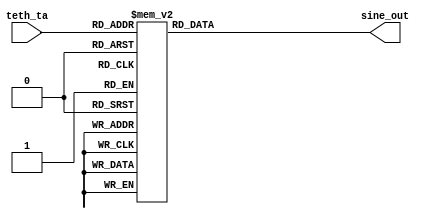
module  sine_look_up2(
		input  [8:0] teth_ta,
		//input  clk,
		output reg [10:0] sine_out);
		 
always @(teth_ta) begin      // sine look up table 
	case (teth_ta)                    			
		9'd0	:	sine_out	 =	11'd	0	;
		9'd1	:	sine_out	 =	11'd	0	;
		9'd2	:	sine_out	 =	11'd	0	;
		9'd3	:	sine_out	 =	11'd	0	;
		9'd4	:	sine_out	 =	11'd	0	;
		9'd5	:	sine_out	 =	11'd	0	;
		9'd6	:	sine_out	 =	11'd	0	;
		9'd7	:	sine_out	 =	11'd	0	;
		9'd8	:	sine_out	 =	11'd	0	;
		9'd9	:	sine_out	 =	11'd	0	;
		9'd10	:	sine_out	 =	11'd	0	;
		9'd11	:	sine_out	 =	11'd	0	;
		9'd12	:	sine_out	 =	11'd	0	;
		9'd13	:	sine_out	 =	11'd	0	;
		9'd14	:	sine_out	 =	11'd	0	;
		9'd15	:	sine_out	 =	11'd	0	;
		9'd16	:	sine_out	 =	11'd	0	;
		9'd17	:	sine_out	 =	11'd	0	;
		9'd18	:	sine_out	 =	11'd	0	;
		9'd19	:	sine_out	 =	11'd	0	;
		9'd20	:	sine_out	 =	11'd	0	;
		9'd21	:	sine_out	 =	11'd	0	;
		9'd22	:	sine_out	 =	11'd	0	;
		9'd23	:	sine_out	 =	11'd	0	;
		9'd24	:	sine_out	 =	11'd	0	;
		9'd25	:	sine_out	 =	11'd	0	;
		9'd26	:	sine_out	 =	11'd	0	;
		9'd27	:	sine_out	 =	11'd	0	;
		9'd28	:	sine_out	 =	11'd	0	;
		9'd29	:	sine_out	 =	11'd	0	;
		9'd30	:	sine_out	 =	11'd	0	;
		9'd31	:	sine_out	 =	11'd	0	;
		9'd32	:	sine_out	 =	11'd	0	;
		9'd33	:	sine_out	 =	11'd	0	;
		9'd34	:	sine_out	 =	11'd	0	;
		9'd35	:	sine_out	 =	11'd	0	;
		9'd36	:	sine_out	 =	11'd	0	;
		9'd37	:	sine_out	 =	11'd	0	;
		9'd38	:	sine_out	 =	11'd	0	;
		9'd39	:	sine_out	 =	11'd	0	;
		9'd40	:	sine_out	 =	11'd	0	;
		9'd41	:	sine_out	 =	11'd	0	;
		9'd42	:	sine_out	 =	11'd	0	;
		9'd43	:	sine_out	 =	11'd	0	;
		9'd44	:	sine_out	 =	11'd	0	;
		9'd45	:	sine_out	 =	11'd	0	;
		9'd46	:	sine_out	 =	11'd	0	;
		9'd47	:	sine_out	 =	11'd	0	;
		9'd48	:	sine_out	 =	11'd	0	;
		9'd49	:	sine_out	 =	11'd	0	;
		9'd50	:	sine_out	 =	11'd	0	;
		9'd51	:	sine_out	 =	11'd	0	;
		9'd52	:	sine_out	 =	11'd	0	;
		9'd53	:	sine_out	 =	11'd	0	;
		9'd54	:	sine_out	 =	11'd	0	;
		9'd55	:	sine_out	 =	11'd	0	;
		9'd56	:	sine_out	 =	11'd	0	;
		9'd57	:	sine_out	 =	11'd	0	;
		9'd58	:	sine_out	 =	11'd	0	;
		9'd59	:	sine_out	 =	11'd	0	;
		9'd60	:	sine_out	 =	11'd	0	;
		9'd61	:	sine_out	 =	11'd	0	;
		9'd62	:	sine_out	 =	11'd	0	;
		9'd63	:	sine_out	 =	11'd	0	;
		9'd64	:	sine_out	 =	11'd	0	;
		9'd65	:	sine_out	 =	11'd	0	;
		9'd66	:	sine_out	 =	11'd	0	;
		9'd67	:	sine_out	 =	11'd	0	;
		9'd68	:	sine_out	 =	11'd	0	;
		9'd69	:	sine_out	 =	11'd	0	;
		9'd70	:	sine_out	 =	11'd	0	;
		9'd71	:	sine_out	 =	11'd	0	;
		9'd72	:	sine_out	 =	11'd	0	;
		9'd73	:	sine_out	 =	11'd	0	;
		9'd74	:	sine_out	 =	11'd	0	;
		9'd75	:	sine_out	 =	11'd	0	;
		9'd76	:	sine_out	 =	11'd	0	;
		9'd77	:	sine_out	 =	11'd	0	;
		9'd78	:	sine_out	 =	11'd	0	;
		9'd79	:	sine_out	 =	11'd	0	;
		9'd80	:	sine_out	 =	11'd	0	;
		9'd81	:	sine_out	 =	11'd	0	;
		9'd82	:	sine_out	 =	11'd	0	;
		9'd83	:	sine_out	 =	11'd	0	;
		9'd84	:	sine_out	 =	11'd	0	;
		9'd85	:	sine_out	 =	11'd	0	;
		9'd86	:	sine_out	 =	11'd	0	;
		9'd87	:	sine_out	 =	11'd	0	;
		9'd88	:	sine_out	 =	11'd	0	;
		9'd89	:	sine_out	 =	11'd	0	;
		9'd90	:	sine_out	 =	11'd	0	;
		9'd91	:	sine_out	 =	11'd	0	;
		9'd92	:	sine_out	 =	11'd	0	;
		9'd93	:	sine_out	 =	11'd	0	;
		9'd94	:	sine_out	 =	11'd	0	;
		9'd95	:	sine_out	 =	11'd	0	;
		9'd96	:	sine_out	 =	11'd	0	;
		9'd97	:	sine_out	 =	11'd	0	;
		9'd98	:	sine_out	 =	11'd	0	;
		9'd99	:	sine_out	 =	11'd	0	;
		9'd100	:	sine_out	 =	11'd	0	;
		9'd101	:	sine_out	 =	11'd	0	;
		9'd102	:	sine_out	 =	11'd	0	;
		9'd103	:	sine_out	 =	11'd	0	;
		9'd104	:	sine_out	 =	11'd	0	;
		9'd105	:	sine_out	 =	11'd	0	;
		9'd106	:	sine_out	 =	11'd	0	;
		9'd107	:	sine_out	 =	11'd	0	;
		9'd108	:	sine_out	 =	11'd	0	;
		9'd109	:	sine_out	 =	11'd	0	;
		9'd110	:	sine_out	 =	11'd	0	;
		9'd111	:	sine_out	 =	11'd	0	;
		9'd112	:	sine_out	 =	11'd	0	;
		9'd113	:	sine_out	 =	11'd	0	;
		9'd114	:	sine_out	 =	11'd	0	;
		9'd115	:	sine_out	 =	11'd	0	;
		9'd116	:	sine_out	 =	11'd	0	;
		9'd117	:	sine_out	 =	11'd	0	;
		9'd118	:	sine_out	 =	11'd	0	;
		9'd119	:	sine_out	 =	11'd	0	;
		9'd120	:	sine_out	 =	11'd	0	;
		9'd121	:	sine_out	 =	11'd	0	;
		9'd122	:	sine_out	 =	11'd	0	;
		9'd123	:	sine_out	 =	11'd	0	;
		9'd124	:	sine_out	 =	11'd	0	;
		9'd125	:	sine_out	 =	11'd	0	;
		9'd126	:	sine_out	 =	11'd	0	;
		9'd127	:	sine_out	 =	11'd	0	;
		9'd128	:	sine_out	 =	11'd	0	;
		9'd129	:	sine_out	 =	11'd	0	;
		9'd130	:	sine_out	 =	11'd	0	;
		9'd131	:	sine_out	 =	11'd	0	;
		9'd132	:	sine_out	 =	11'd	0	;
		9'd133	:	sine_out	 =	11'd	0	;
		9'd134	:	sine_out	 =	11'd	0	;
		9'd135	:	sine_out	 =	11'd	0	;
		9'd136	:	sine_out	 =	11'd	0	;
		9'd137	:	sine_out	 =	11'd	0	;
		9'd138	:	sine_out	 =	11'd	0	;
		9'd139	:	sine_out	 =	11'd	0	;
		9'd140	:	sine_out	 =	11'd	0	;
		9'd141	:	sine_out	 =	11'd	0	;
		9'd142	:	sine_out	 =	11'd	0	;
		9'd143	:	sine_out	 =	11'd	0	;
		9'd144	:	sine_out	 =	11'd	0	;
		9'd145	:	sine_out	 =	11'd	0	;
		9'd146	:	sine_out	 =	11'd	0	;
		9'd147	:	sine_out	 =	11'd	0	;
		9'd148	:	sine_out	 =	11'd	0	;
		9'd149	:	sine_out	 =	11'd	0	;
		9'd150	:	sine_out	 =	11'd	0	;
		9'd151	:	sine_out	 =	11'd	0	;
		9'd152	:	sine_out	 =	11'd	0	;
		9'd153	:	sine_out	 =	11'd	0	;
		9'd154	:	sine_out	 =	11'd	0	;
		9'd155	:	sine_out	 =	11'd	0	;
		9'd156	:	sine_out	 =	11'd	0	;
		9'd157	:	sine_out	 =	11'd	0	;
		9'd158	:	sine_out	 =	11'd	0	;
		9'd159	:	sine_out	 =	11'd	0	;
		9'd160	:	sine_out	 =	11'd	0	;
		9'd161	:	sine_out	 =	11'd	0	;
		9'd162	:	sine_out	 =	11'd	0	;
		9'd163	:	sine_out	 =	11'd	0	;
		9'd164	:	sine_out	 =	11'd	0	;
		9'd165	:	sine_out	 =	11'd	0	;
		9'd166	:	sine_out	 =	11'd	0	;
		9'd167	:	sine_out	 =	11'd	0	;
		9'd168	:	sine_out	 =	11'd	0	;
		9'd169	:	sine_out	 =	11'd	0	;
		9'd170	:	sine_out	 =	11'd	0	;
		9'd171	:	sine_out	 =	11'd	0	;
		9'd172	:	sine_out	 =	11'd	0	;
		9'd173	:	sine_out	 =	11'd	0	;
		9'd174	:	sine_out	 =	11'd	0	;
		9'd175	:	sine_out	 =	11'd	0	;
		9'd176	:	sine_out	 =	11'd	0	;
		9'd177	:	sine_out	 =	11'd	0	;
		9'd178	:	sine_out	 =	11'd	0	;
		9'd179	:	sine_out	 =	11'd	0	;
		9'd180	:	sine_out	 =	11'd	0	;
		9'd181	:	sine_out	 =	11'd	0	;
		9'd182	:	sine_out	 =	11'd	0	;
		9'd183	:	sine_out	 =	11'd	0	;
		9'd184	:	sine_out	 =	11'd	0	;
		9'd185	:	sine_out	 =	11'd	0	;
		9'd186	:	sine_out	 =	11'd	0	;
		9'd187	:	sine_out	 =	11'd	0	;
		9'd188	:	sine_out	 =	11'd	0	;
		9'd189	:	sine_out	 =	11'd	0	;
		9'd190	:	sine_out	 =	11'd	0	;
		9'd191	:	sine_out	 =	11'd	0	;
		9'd192	:	sine_out	 =	11'd	0	;
		9'd193	:	sine_out	 =	11'd	0	;
		9'd194	:	sine_out	 =	11'd	0	;
		9'd195	:	sine_out	 =	11'd	0	;
		9'd196	:	sine_out	 =	11'd	0	;
		9'd197	:	sine_out	 =	11'd	0	;
		9'd198	:	sine_out	 =	11'd	0	;
		9'd199	:	sine_out	 =	11'd	0	;
		9'd200	:	sine_out	 =	11'd	0	;
		9'd201	:	sine_out	 =	11'd	0	;
		9'd202	:	sine_out	 =	11'd	0	;
		9'd203	:	sine_out	 =	11'd	0	;
		9'd204	:	sine_out	 =	11'd	0	;
		9'd205	:	sine_out	 =	11'd	0	;
		9'd206	:	sine_out	 =	11'd	0	;
		9'd207	:	sine_out	 =	11'd	0	;
		9'd208	:	sine_out	 =	11'd	0	;
		9'd209	:	sine_out	 =	11'd	0	;
		9'd210	:	sine_out	 =	11'd	0	;
		9'd211	:	sine_out	 =	11'd	0	;
		9'd212	:	sine_out	 =	11'd	0	;
		9'd213	:	sine_out	 =	11'd	0	;
		9'd214	:	sine_out	 =	11'd	0	;
		9'd215	:	sine_out	 =	11'd	0	;
		9'd216	:	sine_out	 =	11'd	0	;
		9'd217	:	sine_out	 =	11'd	0	;
		9'd218	:	sine_out	 =	11'd	0	;
		9'd219	:	sine_out	 =	11'd	0	;
		9'd220	:	sine_out	 =	11'd	0	;
		9'd221	:	sine_out	 =	11'd	0	;
		9'd222	:	sine_out	 =	11'd	0	;
		9'd223	:	sine_out	 =	11'd	0	;
		9'd224	:	sine_out	 =	11'd	0	;
		9'd225	:	sine_out	 =	11'd	0	;
		9'd226	:	sine_out	 =	11'd	0	;
		9'd227	:	sine_out	 =	11'd	0	;
		9'd228	:	sine_out	 =	11'd	0	;
		9'd229	:	sine_out	 =	11'd	0	;
		9'd230	:	sine_out	 =	11'd	0	;
		9'd231	:	sine_out	 =	11'd	0	;
		9'd232	:	sine_out	 =	11'd	0	;
		9'd233	:	sine_out	 =	11'd	0	;
		9'd234	:	sine_out	 =	11'd	0	;
		9'd235	:	sine_out	 =	11'd	0	;
		9'd236	:	sine_out	 =	11'd	0	;
		9'd237	:	sine_out	 =	11'd	0	;
		9'd238	:	sine_out	 =	11'd	0	;
		9'd239	:	sine_out	 =	11'd	0	;
		9'd240	:	sine_out	 =	11'd	0	;
		9'd241	:	sine_out	 =	11'd	0	;
		9'd242	:	sine_out	 =	11'd	0	;
		9'd243	:	sine_out	 =	11'd	0	;
		9'd244	:	sine_out	 =	11'd	0	;
		9'd245	:	sine_out	 =	11'd	0	;
		9'd246	:	sine_out	 =	11'd	0	;
		9'd247	:	sine_out	 =	11'd	0	;
		9'd248	:	sine_out	 =	11'd	0	;
		9'd249	:	sine_out	 =	11'd	0	;
		9'd250	:	sine_out	 =	11'd	0	;
		9'd251	:	sine_out	 =	11'd	24	;
		9'd252	:	sine_out	 =	11'd	48	;
		9'd253	:	sine_out	 =	11'd	72	;
		9'd254	:	sine_out	 =	11'd	95	;
		9'd255	:	sine_out	 =	11'd	119	;
		9'd256	:	sine_out	 =	11'd	143	;
		9'd257	:	sine_out	 =	11'd	167	;
		9'd258	:	sine_out	 =	11'd	191	;
		9'd259	:	sine_out	 =	11'd	214	;
		9'd260	:	sine_out	 =	11'd	238	;
		9'd261	:	sine_out	 =	11'd	262	;
		9'd262	:	sine_out	 =	11'd	285	;
		9'd263	:	sine_out	 =	11'd	309	;
		9'd264	:	sine_out	 =	11'd	333	;
		9'd265	:	sine_out	 =	11'd	356	;
		9'd266	:	sine_out	 =	11'd	379	;
		9'd267	:	sine_out	 =	11'd	403	;
		9'd268	:	sine_out	 =	11'd	426	;
		9'd269	:	sine_out	 =	11'd	449	;
		9'd270	:	sine_out	 =	11'd	473	;
		9'd271	:	sine_out	 =	11'd	496	;
		9'd272	:	sine_out	 =	11'd	519	;
		9'd273	:	sine_out	 =	11'd	542	;
		9'd274	:	sine_out	 =	11'd	564	;
		9'd275	:	sine_out	 =	11'd	587	;
		9'd276	:	sine_out	 =	11'd	610	;
		9'd277	:	sine_out	 =	11'd	632	;
		9'd278	:	sine_out	 =	11'd	655	;
		9'd279	:	sine_out	 =	11'd	677	;
		9'd280	:	sine_out	 =	11'd	699	;
		9'd281	:	sine_out	 =	11'd	722	;
		9'd282	:	sine_out	 =	11'd	744	;
		9'd283	:	sine_out	 =	11'd	766	;
		9'd284	:	sine_out	 =	11'd	787	;
		9'd285	:	sine_out	 =	11'd	809	;
		9'd286	:	sine_out	 =	11'd	831	;
		9'd287	:	sine_out	 =	11'd	852	;
		9'd288	:	sine_out	 =	11'd	873	;
		9'd289	:	sine_out	 =	11'd	894	;
		9'd290	:	sine_out	 =	11'd	915	;
		9'd291	:	sine_out	 =	11'd	936	;
		9'd292	:	sine_out	 =	11'd	957	;
		9'd293	:	sine_out	 =	11'd	977	;
		9'd294	:	sine_out	 =	11'd	998	;
		9'd295	:	sine_out	 =	11'd	1018	;
		9'd296	:	sine_out	 =	11'd	1038	;
		9'd297	:	sine_out	 =	11'd	1058	;
		9'd298	:	sine_out	 =	11'd	1078	;
		9'd299	:	sine_out	 =	11'd	1097	;
		9'd300	:	sine_out	 =	11'd	1117	;
		9'd301	:	sine_out	 =	11'd	1136	;
		9'd302	:	sine_out	 =	11'd	1155	;
		9'd303	:	sine_out	 =	11'd	1174	;
		9'd304	:	sine_out	 =	11'd	1193	;
		9'd305	:	sine_out	 =	11'd	1211	;
		9'd306	:	sine_out	 =	11'd	1229	;
		9'd307	:	sine_out	 =	11'd	1248	;
		9'd308	:	sine_out	 =	11'd	1265	;
		9'd309	:	sine_out	 =	11'd	1283	;
		9'd310	:	sine_out	 =	11'd	1301	;
		9'd311	:	sine_out	 =	11'd	1318	;
		9'd312	:	sine_out	 =	11'd	1335	;
		9'd313	:	sine_out	 =	11'd	1352	;
		9'd314	:	sine_out	 =	11'd	1369	;
		9'd315	:	sine_out	 =	11'd	1385	;
		9'd316	:	sine_out	 =	11'd	1401	;
		9'd317	:	sine_out	 =	11'd	1417	;
		9'd318	:	sine_out	 =	11'd	1433	;
		9'd319	:	sine_out	 =	11'd	1449	;
		9'd320	:	sine_out	 =	11'd	1464	;
		9'd321	:	sine_out	 =	11'd	1479	;
		9'd322	:	sine_out	 =	11'd	1494	;
		9'd323	:	sine_out	 =	11'd	1509	;
		9'd324	:	sine_out	 =	11'd	1523	;
		9'd325	:	sine_out	 =	11'd	1537	;
		9'd326	:	sine_out	 =	11'd	1551	;
		9'd327	:	sine_out	 =	11'd	1565	;
		9'd328	:	sine_out	 =	11'd	1578	;
		9'd329	:	sine_out	 =	11'd	1591	;
		9'd330	:	sine_out	 =	11'd	1604	;
		9'd331	:	sine_out	 =	11'd	1617	;
		9'd332	:	sine_out	 =	11'd	1629	;
		9'd333	:	sine_out	 =	11'd	1641	;
		9'd334	:	sine_out	 =	11'd	1653	;
		9'd335	:	sine_out	 =	11'd	1665	;
		9'd336	:	sine_out	 =	11'd	1676	;
		9'd337	:	sine_out	 =	11'd	1687	;
		9'd338	:	sine_out	 =	11'd	1698	;
		9'd339	:	sine_out	 =	11'd	1709	;
		9'd340	:	sine_out	 =	11'd	1719	;
		9'd341	:	sine_out	 =	11'd	1729	;
		9'd342	:	sine_out	 =	11'd	1739	;
		9'd343	:	sine_out	 =	11'd	1748	;
		9'd344	:	sine_out	 =	11'd	1758	;
		9'd345	:	sine_out	 =	11'd	1767	;
		9'd346	:	sine_out	 =	11'd	1775	;
		9'd347	:	sine_out	 =	11'd	1784	;
		9'd348	:	sine_out	 =	11'd	1792	;
		9'd349	:	sine_out	 =	11'd	1799	;
		9'd350	:	sine_out	 =	11'd	1807	;
		9'd351	:	sine_out	 =	11'd	1814	;
		9'd352	:	sine_out	 =	11'd	1821	;
		9'd353	:	sine_out	 =	11'd	1828	;
		9'd354	:	sine_out	 =	11'd	1834	;
		9'd355	:	sine_out	 =	11'd	1840	;
		9'd356	:	sine_out	 =	11'd	1846	;
		9'd357	:	sine_out	 =	11'd	1852	;
		9'd358	:	sine_out	 =	11'd	1857	;
		9'd359	:	sine_out	 =	11'd	1862	;
		9'd360	:	sine_out	 =	11'd	1866	;
		9'd361	:	sine_out	 =	11'd	1871	;
		9'd362	:	sine_out	 =	11'd	1875	;
		9'd363	:	sine_out	 =	11'd	1878	;
		9'd364	:	sine_out	 =	11'd	1882	;
		9'd365	:	sine_out	 =	11'd	1885	;
		9'd366	:	sine_out	 =	11'd	1888	;
		9'd367	:	sine_out	 =	11'd	1890	;
		9'd368	:	sine_out	 =	11'd	1893	;
		9'd369	:	sine_out	 =	11'd	1895	;
		9'd370	:	sine_out	 =	11'd	1896	;
		9'd371	:	sine_out	 =	11'd	1898	;
		9'd372	:	sine_out	 =	11'd	1899	;
		9'd373	:	sine_out	 =	11'd	1899	;
		9'd374	:	sine_out	 =	11'd	1900	;
		9'd375	:	sine_out	 =	11'd	1900	;
		9'd376	:	sine_out	 =	11'd	1900	;
		9'd377	:	sine_out	 =	11'd	1899	;
		9'd378	:	sine_out	 =	11'd	1899	;
		9'd379	:	sine_out	 =	11'd	1898	;
		9'd380	:	sine_out	 =	11'd	1896	;
		9'd381	:	sine_out	 =	11'd	1895	;
		9'd382	:	sine_out	 =	11'd	1893	;
		9'd383	:	sine_out	 =	11'd	1890	;
		9'd384	:	sine_out	 =	11'd	1888	;
		9'd385	:	sine_out	 =	11'd	1885	;
		9'd386	:	sine_out	 =	11'd	1882	;
		9'd387	:	sine_out	 =	11'd	1878	;
		9'd388	:	sine_out	 =	11'd	1875	;
		9'd389	:	sine_out	 =	11'd	1871	;
		9'd390	:	sine_out	 =	11'd	1866	;
		9'd391	:	sine_out	 =	11'd	1862	;
		9'd392	:	sine_out	 =	11'd	1857	;
		9'd393	:	sine_out	 =	11'd	1852	;
		9'd394	:	sine_out	 =	11'd	1846	;
		9'd395	:	sine_out	 =	11'd	1840	;
		9'd396	:	sine_out	 =	11'd	1834	;
		9'd397	:	sine_out	 =	11'd	1828	;
		9'd398	:	sine_out	 =	11'd	1821	;
		9'd399	:	sine_out	 =	11'd	1814	;
		9'd400	:	sine_out	 =	11'd	1807	;
		9'd401	:	sine_out	 =	11'd	1799	;
		9'd402	:	sine_out	 =	11'd	1792	;
		9'd403	:	sine_out	 =	11'd	1784	;
		9'd404	:	sine_out	 =	11'd	1775	;
		9'd405	:	sine_out	 =	11'd	1767	;
		9'd406	:	sine_out	 =	11'd	1758	;
		9'd407	:	sine_out	 =	11'd	1748	;
		9'd408	:	sine_out	 =	11'd	1739	;
		9'd409	:	sine_out	 =	11'd	1729	;
		9'd410	:	sine_out	 =	11'd	1719	;
		9'd411	:	sine_out	 =	11'd	1709	;
		9'd412	:	sine_out	 =	11'd	1698	;
		9'd413	:	sine_out	 =	11'd	1687	;
		9'd414	:	sine_out	 =	11'd	1676	;
		9'd415	:	sine_out	 =	11'd	1665	;
		9'd416	:	sine_out	 =	11'd	1653	;
		9'd417	:	sine_out	 =	11'd	1641	;
		9'd418	:	sine_out	 =	11'd	1629	;
		9'd419	:	sine_out	 =	11'd	1617	;
		9'd420	:	sine_out	 =	11'd	1604	;
		9'd421	:	sine_out	 =	11'd	1591	;
		9'd422	:	sine_out	 =	11'd	1578	;
		9'd423	:	sine_out	 =	11'd	1565	;
		9'd424	:	sine_out	 =	11'd	1551	;
		9'd425	:	sine_out	 =	11'd	1537	;
		9'd426	:	sine_out	 =	11'd	1523	;
		9'd427	:	sine_out	 =	11'd	1509	;
		9'd428	:	sine_out	 =	11'd	1494	;
		9'd429	:	sine_out	 =	11'd	1479	;
		9'd430	:	sine_out	 =	11'd	1464	;
		9'd431	:	sine_out	 =	11'd	1449	;
		9'd432	:	sine_out	 =	11'd	1433	;
		9'd433	:	sine_out	 =	11'd	1417	;
		9'd434	:	sine_out	 =	11'd	1401	;
		9'd435	:	sine_out	 =	11'd	1385	;
		9'd436	:	sine_out	 =	11'd	1369	;
		9'd437	:	sine_out	 =	11'd	1352	;
		9'd438	:	sine_out	 =	11'd	1335	;
		9'd439	:	sine_out	 =	11'd	1318	;
		9'd440	:	sine_out	 =	11'd	1301	;
		9'd441	:	sine_out	 =	11'd	1283	;
		9'd442	:	sine_out	 =	11'd	1265	;
		9'd443	:	sine_out	 =	11'd	1248	;
		9'd444	:	sine_out	 =	11'd	1229	;
		9'd445	:	sine_out	 =	11'd	1211	;
		9'd446	:	sine_out	 =	11'd	1193	;
		9'd447	:	sine_out	 =	11'd	1174	;
		9'd448	:	sine_out	 =	11'd	1155	;
		9'd449	:	sine_out	 =	11'd	1136	;
		9'd450	:	sine_out	 =	11'd	1117	;
		9'd451	:	sine_out	 =	11'd	1097	;
		9'd452	:	sine_out	 =	11'd	1078	;
		9'd453	:	sine_out	 =	11'd	1058	;
		9'd454	:	sine_out	 =	11'd	1038	;
		9'd455	:	sine_out	 =	11'd	1018	;
		9'd456	:	sine_out	 =	11'd	998	;
		9'd457	:	sine_out	 =	11'd	977	;
		9'd458	:	sine_out	 =	11'd	957	;
		9'd459	:	sine_out	 =	11'd	936	;
		9'd460	:	sine_out	 =	11'd	915	;
		9'd461	:	sine_out	 =	11'd	894	;
		9'd462	:	sine_out	 =	11'd	873	;
		9'd463	:	sine_out	 =	11'd	852	;
		9'd464	:	sine_out	 =	11'd	831	;
		9'd465	:	sine_out	 =	11'd	809	;
		9'd466	:	sine_out	 =	11'd	787	;
		9'd467	:	sine_out	 =	11'd	766	;
		9'd468	:	sine_out	 =	11'd	744	;
		9'd469	:	sine_out	 =	11'd	722	;
		9'd470	:	sine_out	 =	11'd	699	;
		9'd471	:	sine_out	 =	11'd	677	;
		9'd472	:	sine_out	 =	11'd	655	;
		9'd473	:	sine_out	 =	11'd	632	;
		9'd474	:	sine_out	 =	11'd	610	;
		9'd475	:	sine_out	 =	11'd	587	;
		9'd476	:	sine_out	 =	11'd	564	;
		9'd477	:	sine_out	 =	11'd	542	;
		9'd478	:	sine_out	 =	11'd	519	;
		9'd479	:	sine_out	 =	11'd	496	;
		9'd480	:	sine_out	 =	11'd	473	;
		9'd481	:	sine_out	 =	11'd	449	;
		9'd482	:	sine_out	 =	11'd	426	;
		9'd483	:	sine_out	 =	11'd	403	;
		9'd484	:	sine_out	 =	11'd	379	;
		9'd485	:	sine_out	 =	11'd	356	;
		9'd486	:	sine_out	 =	11'd	333	;
		9'd487	:	sine_out	 =	11'd	309	;
		9'd488	:	sine_out	 =	11'd	285	;
		9'd489	:	sine_out	 =	11'd	262	;
		9'd490	:	sine_out	 =	11'd	238	;
		9'd491	:	sine_out	 =	11'd	214	;
		9'd492	:	sine_out	 =	11'd	191	;
		9'd493	:	sine_out	 =	11'd	167	;
		9'd494	:	sine_out	 =	11'd	143	;
		9'd495	:	sine_out	 =	11'd	119	;
		9'd496	:	sine_out	 =	11'd	95	;
		9'd497	:	sine_out	 =	11'd	72	;
		9'd498	:	sine_out	 =	11'd	48	;
		9'd499	:	sine_out	 =	11'd	24	;



		
		default: sine_out = 11'd0;
		
	endcase
	
end
endmodule